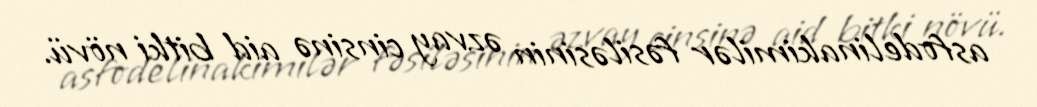
asfodelinakimilər fəsiləsinin əzvay cinsinə aid bitki növü.